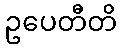
ဥပေတီတိ